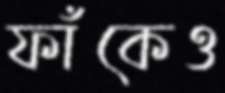
ফাঁকেও